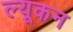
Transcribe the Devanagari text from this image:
ल्यूकन